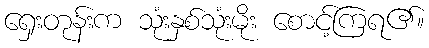
ရှေးတုန်းက သုံးနှစ်သုံးမိုး စောင့်ကြရ၏။